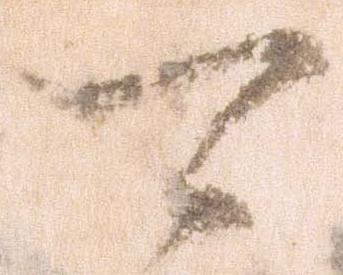
可